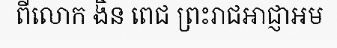
ពីលោក ងិន ពេជ ព្រះរាជអាជ្ញាអម